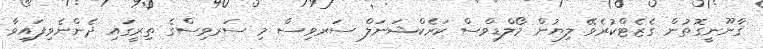
ޤާނޫނީގޮތުން ގެޒެޓްކުރެވޭ ލިޔުން މޯލްޑިވްސް ކަރެކްޝަނަލް ސަރވިސް މި ސަރވިސްގެ ތިރީގައި ދެންނެވިފައިވާ